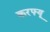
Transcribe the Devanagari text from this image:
करफ्यू